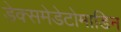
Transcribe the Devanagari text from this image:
डेक्समेडेटोमाडिन